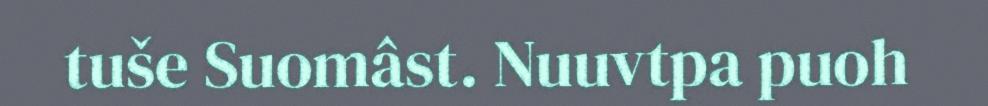
tuše Suomâst. Nuuvtpa puoh